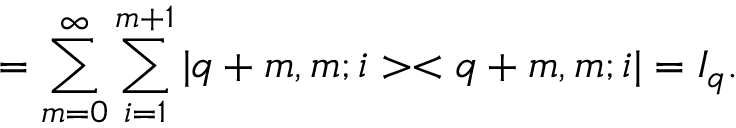
= \sum _ { m = 0 } ^ { \infty } \sum _ { i = 1 } ^ { m + 1 } | q + m , m ; i > < q + m , m ; i | = I _ { q } .